Indian journal of veterinary science and animal husbandry - Volumes 15-17, 1948-1951
Year: 1948
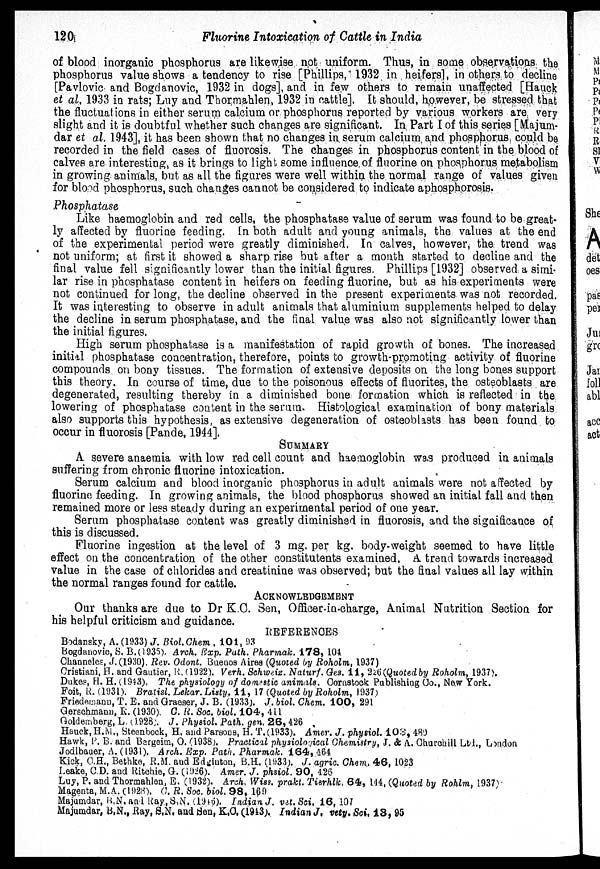
120
Fluorine Intoxication of Cattle in India
of blood inorganic phosphorus are likewise not uniform. Thus, in some observations the
phosphorus value shows a tendency to rise [Phillips, 1932 in heifers], in others.to decline
[Pavlovic: and Bogdanovic, 1932 in dogs], and in few others to remain unaffected [Hauck
et al, 1933 in rats; Lny and Thormahlen, 1932 in cattle]. It should, however, be stressed that
the fluctuations in either serum calcium or phosphorus reported by various workers are, very
slight and it is doubtful whether such changes are significant. In Part I of this series [Majum-
dar et al. 1943], it has been shown that no changes in serum calcium and phosphorus could be
recorded in the field cases of fluorosis. The changes in phosphorus content in the blood of
calves are interesting, as it brings to light some influence of fluorine on phosphorus metabolism
in growing animals, but as all the figures were well within the normal range of values given
for blood phosphorus, such changes cannot be considered to indicate aphosphorosis.
Phosphatase
Like haemoglobin and red cells, the phosphatase value of serum was found to be great-
ly affected by fluorine feeding. In both adult and young animals, the values at the end
of the experimental period were greatly diminished. In calves, however, the trend was
not uniform; at first it showed a sharp rise but after a month started to decline and the
final value fell significantly lower than the initial figures. Phillips [1932] observed, a simi-
lar rise in phosphatase content in heifers on feeding fluorine, but as his experiments were
not continued for long, the decline observed in the present experiments was not recorded.
It was interesting to observe in adult animals that aluminium supplements helped to delay
the decline in serum phosphatase, and the final value was also not significantly lower than
the initial figures.
High serum phosphatase is a manifestation of rapid growth of bones. The increased
initial phosphatase concentration, therefore, points to growth-promoting activity of fluorine
compounds on bony tissues. The formation of extensive deposits on the long bones support
this theory. In course of time, due to the poisonous effects of fluorites, the osteoblasts are
degenerated, resulting thereby in a diminished bone formation which is reflected in the
lowering of phosphatase content in the serum. Histological examination of bony materials
also supports this hypothesis, as extensive degeneration of osteoblasts has been found to
occur in fluorosis [Pande, 1944].
SUMMARY
A severe anaemia with low red cell count and haemoglobin was produced in animals
suffering from chronic fluorine intoxication.
Serum calcium and blood inorganic phosphorus in adult animals were not affected by
fluorine feeding. In growing animals, the blood phosphorus showed an initial fall and then
remained more or less steady during an experimental period of one year.
Serum phosphatase content was greatly diminished in fluorosis, and the significance of
this is discussed.
Fluorine ingestion at the level of 3 mg. per kg. body-weight seemed to have little
effect on the concentration of the other constitutents examined. A. trend towards increased
value in the case of chlorides and creatinine was observed; but the final values all lay within
the normal ranges found for cattle.
ACKNOWLEDGEMENT
Our thanks are due to Dr K.C. Sen, Officer-in-charge, Animal Nutrition Section for
his helpful criticism and guidance.
REFERENCES
Bodansky, A. (1933) J. Biol.Chem . 101, 93
Bogdanovic, S. B.(1935). Arch. Exp. Path. Pharmak. 178, 104
Channeles, J. (1930). Rev. Odont. Buenos Aires (Quoted by Roholm, 1937)
Cristiani, H. and Gautier, R. (1922). Verh. Schweiz. Naturf. Ges. 11, 226 (Quoted by Roholm, 1937),
Dukes, H. H. (1943). The physiology of domestic animals. Cornstock Publishing Co., New York.
Foit, R. (1931). Bratisl. Lekar.Listy. 11, 17 (Quoted by Roholm, 1937)
Friedemann, T. E. and Graeser, J. B. (1933). J. biol. Chem. 100, 291
Gerschmann, R. (1930) C. R. Soc. biol. 104, 411
Goldemberg, L. (1928). J. Physiol. Path. gen. 26,426
Hauck, H.M., Steenbock, H. and Parsons, H. T.(1933). Amer. J. physiol. 103, 489
Hawk, P. B. and Bergeim, O. (1938). Practical physiological Chemistry, J. & A. Ohurchill Ltd., London
Jodlbauer, A. (1931). Arch. Exp. Path. Pharmak. 164, 464
Kick, O.H., Bethke, R.M. and Edginton, B.H. (1933). J. agric. Chem. 46, 1023
Leake, C.D. and Ritchie, G. (1926). Amer. J. phsiol. 90, 426
Luy, P. and Thormahlen, E. (1932). Arch. Wiss. prakt. Tierhlk. 64, 144, (Quoted by Rohlm, 1937)
Magenta, M.A. (1928). C. R. Soc. biol. 98, 169
Majumdar, B.N. and Ray.,S.N. (1916), Indian J, vet.Sci. 16, 107
Majumdar, B.N., Ray, S.N. and Sen, K.C. (1943). Indian J. vety. Sci. 18, 95